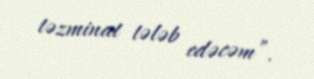
təzminat tələb edəcəm”.